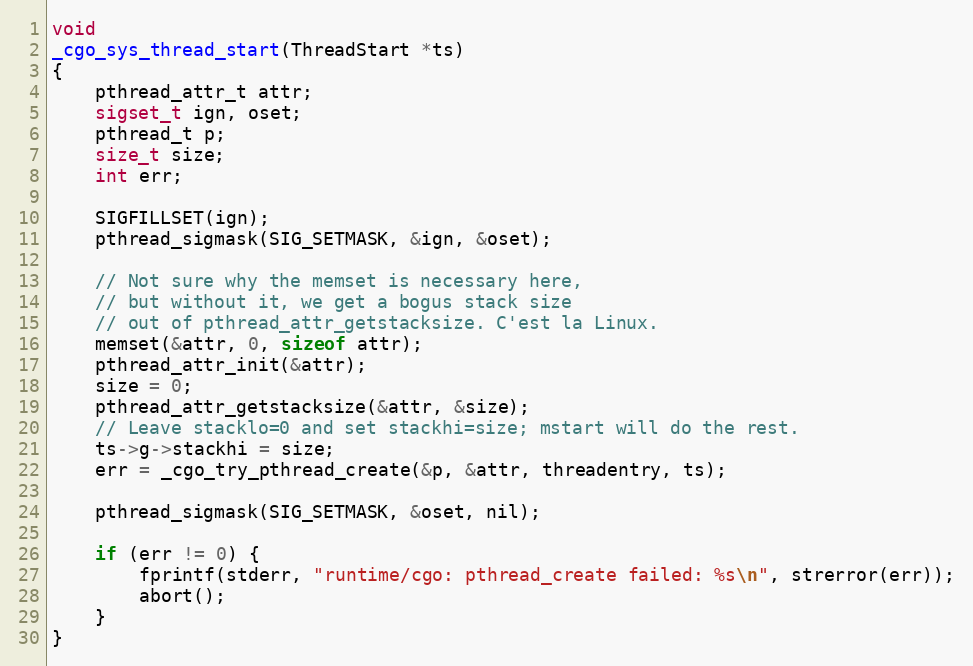
Language: C
void
_cgo_sys_thread_start(ThreadStart *ts)
{
	pthread_attr_t attr;
	sigset_t ign, oset;
	pthread_t p;
	size_t size;
	int err;

	SIGFILLSET(ign);
	pthread_sigmask(SIG_SETMASK, &ign, &oset);

	// Not sure why the memset is necessary here,
	// but without it, we get a bogus stack size
	// out of pthread_attr_getstacksize. C'est la Linux.
	memset(&attr, 0, sizeof attr);
	pthread_attr_init(&attr);
	size = 0;
	pthread_attr_getstacksize(&attr, &size);
	// Leave stacklo=0 and set stackhi=size; mstart will do the rest.
	ts->g->stackhi = size;
	err = _cgo_try_pthread_create(&p, &attr, threadentry, ts);

	pthread_sigmask(SIG_SETMASK, &oset, nil);

	if (err != 0) {
		fprintf(stderr, "runtime/cgo: pthread_create failed: %s\n", strerror(err));
		abort();
	}
}